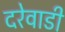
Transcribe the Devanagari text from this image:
दरेवाडी